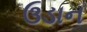
ઉડાન